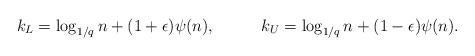
LaTeX: \begin{align*} k_L = \log_{1/q} n + (1+\epsilon)\psi(n), && k_U = \log_{1/q} n + (1 - \epsilon)\psi(n).\end{align*}